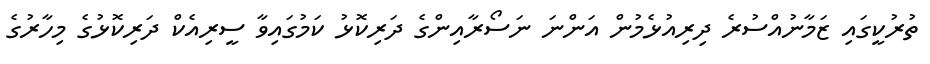
ތުރުކީގައި ޒަމާނުއްސުރެ ދިރިއުޅެމުން އަންނަ ނަސޯރާއިންގެ ދަރިކޮޅު ކަމުގައިވާ ސީރިއެކް ދަރިކޮޅުގެ މިހާރުގެ